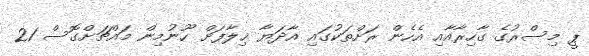
ޕީ މިސްރުގެ ގާހިރާއާއި އެހެން ރަށްތަކުގައި އާދަޔާ ޚިލާފަށް ހޫނުމިން މައްޗަށްގޮސް 21